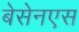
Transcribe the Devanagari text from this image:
बेसेनएस